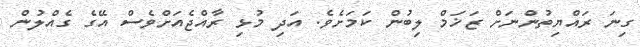
ގިނަ ރައްޔިތުންނަށް ޒަޚަމް ލިބުން ކަމަށެވެ. އަދި މުޅި ރާއްޖެއަށްވެސް އޭގެ ގެއްލުން